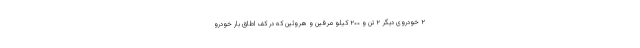
۲ خودروی دیگر ۲ تن و ۲۰۰ کیلو مرفین و هروئین که در کف اطاق بار خودرو